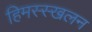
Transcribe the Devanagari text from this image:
हिमस्स्खलन